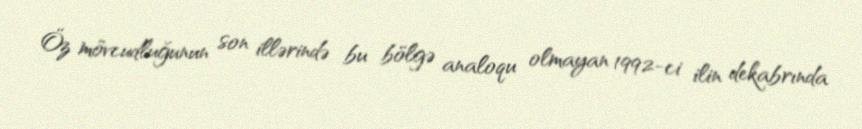
Öz mövcudluğunun son illərində bu bölgə analoqu olmayan 1992-ci ilin dekabrında